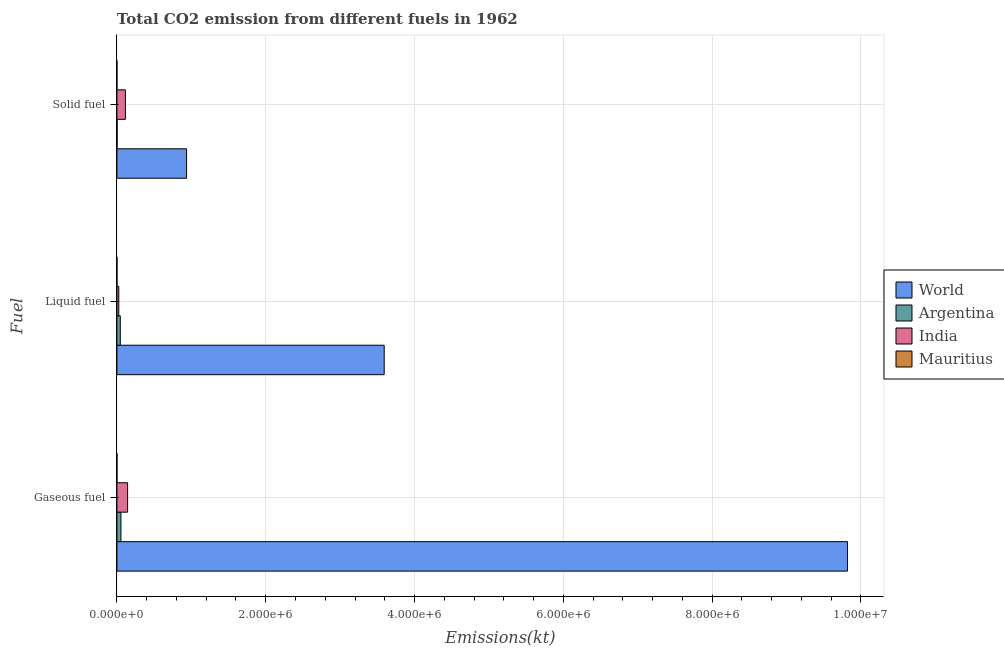
| Fuel | World | Argentina | India | Mauritius |
 | --- | --- | --- | --- | --- |
 | Gaseous fuel | 9.82e+06 | 5.37e+04 | 1.43e+05 | 253 |
 | Liquid fuel | 3.59e+06 | 4.51e+04 | 2.49e+04 | 246 |
 | Solid fuel | 9.36e+05 | 2.01e+03 | 1.14e+05 | 7.33 |